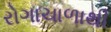
રોગાચાળાથી